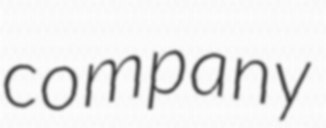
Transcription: company